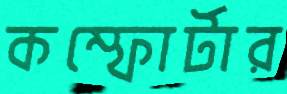
কম্ফোর্টার